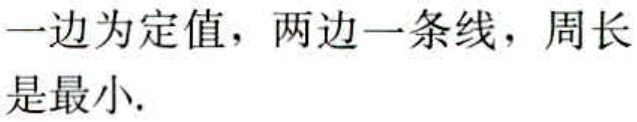
一边为定值，两边一条线，周长是最小.